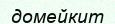
домейкит